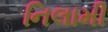
નિલામી